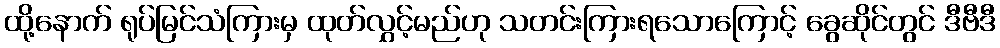
ထို့နောက် ရုပ်မြင်သံကြားမှ ထုတ်လွှင့်မည်ဟု သတင်းကြားရသောကြောင့် ခွေဆိုင်တွင် ဒီဗီဒီ